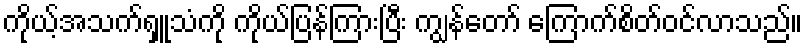
ကိုယ့်အသက်ရှူသံကို ကိုယ်ပြန်ကြားပြီး ကျွန်တော် ကြောက်စိတ်ဝင်လာသည်။